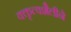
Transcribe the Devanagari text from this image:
वक्तृत्वशैलीने